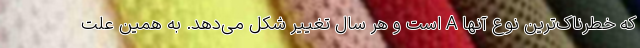
که خطرناک‌ترین نوع آنها A است و هر سال تغییر شکل می‌دهد. به همین علت